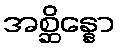
အစ္ဆိန္နော